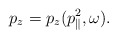
\begin{align*} p_z = p_z(p_{\parallel}^2,\omega ).\end{align*}